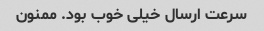
سرعت ارسال خیلی خوب بود. ممنون